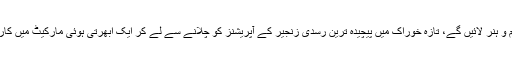
وہ اپنے ساتھ بے مثال علم و ہنر لائیں گے، تازہ خوراک میں پیچیدہ ترین رسدی زنجیر کے آپریشنز کو چلانے سے لے کر ایک ابھرتی ہوئی مارکیٹ میں کاروباری یونٹ چلانے تک۔